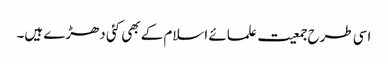
اسی طرح جمعیت علمائے اسلام کے بھی کئی دھڑے ہیں۔